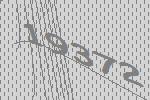
19372